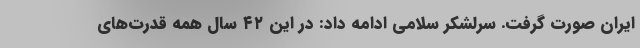
ایران صورت گرفت. سرلشکر سلامی ادامه داد: در این ۴۲ سال همه قدرت‌های